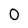
Character: 0